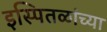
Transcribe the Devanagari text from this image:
इस्पितळांच्या